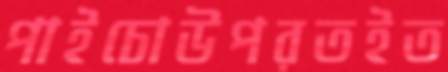
পাইচোউপরতইত